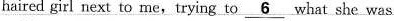
haired girl next to me,trying to 6what she was